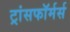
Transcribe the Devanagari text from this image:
ट्रांसफॉर्मर्स